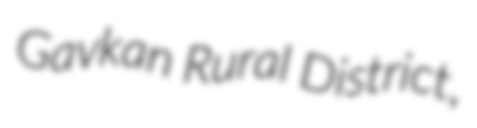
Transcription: Gavkan Rural District,